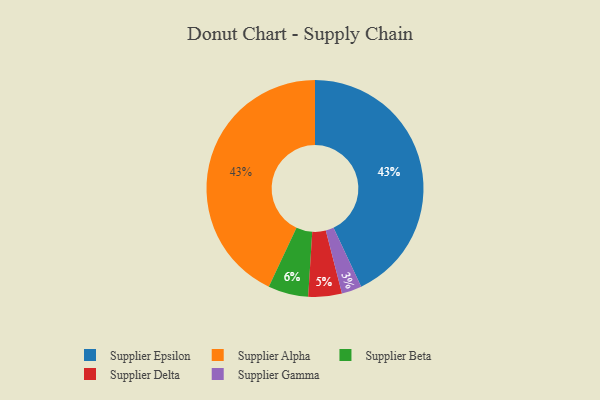
{"axis": {"x": "Category", "y": "Percentage"}, "legend": ["Supplier Alpha", "Supplier Beta", "Supplier Delta", "Supplier Epsilon", "Supplier Gamma"], "data": [{"x": "Supplier Beta", "y": 6, "type": "Supplier Beta"}, {"x": "Supplier Epsilon", "y": 43, "type": "Supplier Epsilon"}, {"x": "Supplier Delta", "y": 5, "type": "Supplier Delta"}, {"x": "Supplier Gamma", "y": 3, "type": "Supplier Gamma"}, {"x": "Supplier Alpha", "y": 43, "type": "Supplier Alpha"}]}